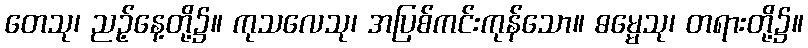
တေသု၊ ညဉ့်နေ့တို့၌။ ကုသလေသု၊ အပြစ်ကင်းကုန်သော။ ဓမ္မေသု၊ တရားတို့၌။